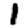
Digit: 1